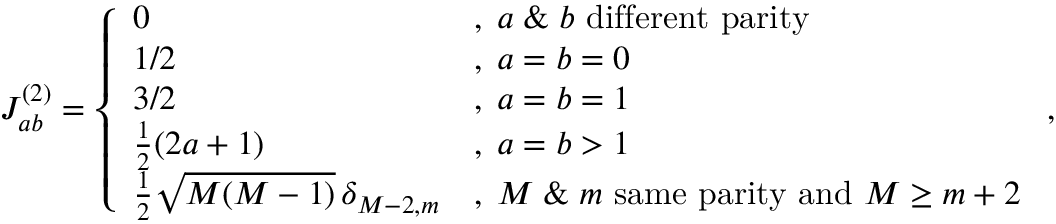
\begin{array} { r } { J _ { a b } ^ { ( 2 ) } = \left\{ \begin{array} { l l } { 0 } & { , \; a \; \& \; b \mathrm { ~ d i f f e r e n t ~ p a r i t y } } \\ { 1 / 2 } & { , \; a = b = 0 } \\ { 3 / 2 } & { , \; a = b = 1 } \\ { \frac 1 2 ( 2 a + 1 ) } & { , \; a = b > 1 } \\ { \frac 1 2 \sqrt { M ( M - 1 ) } \, \delta _ { M - 2 , m } } & { , \; M \; \& \; m \mathrm { ~ s a m e ~ p a r i t y ~ a n d ~ } M \ge m + 2 } \end{array} \right. , } \end{array}